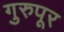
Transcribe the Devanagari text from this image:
गुरुपूर